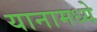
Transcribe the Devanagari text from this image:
यानामध्ये